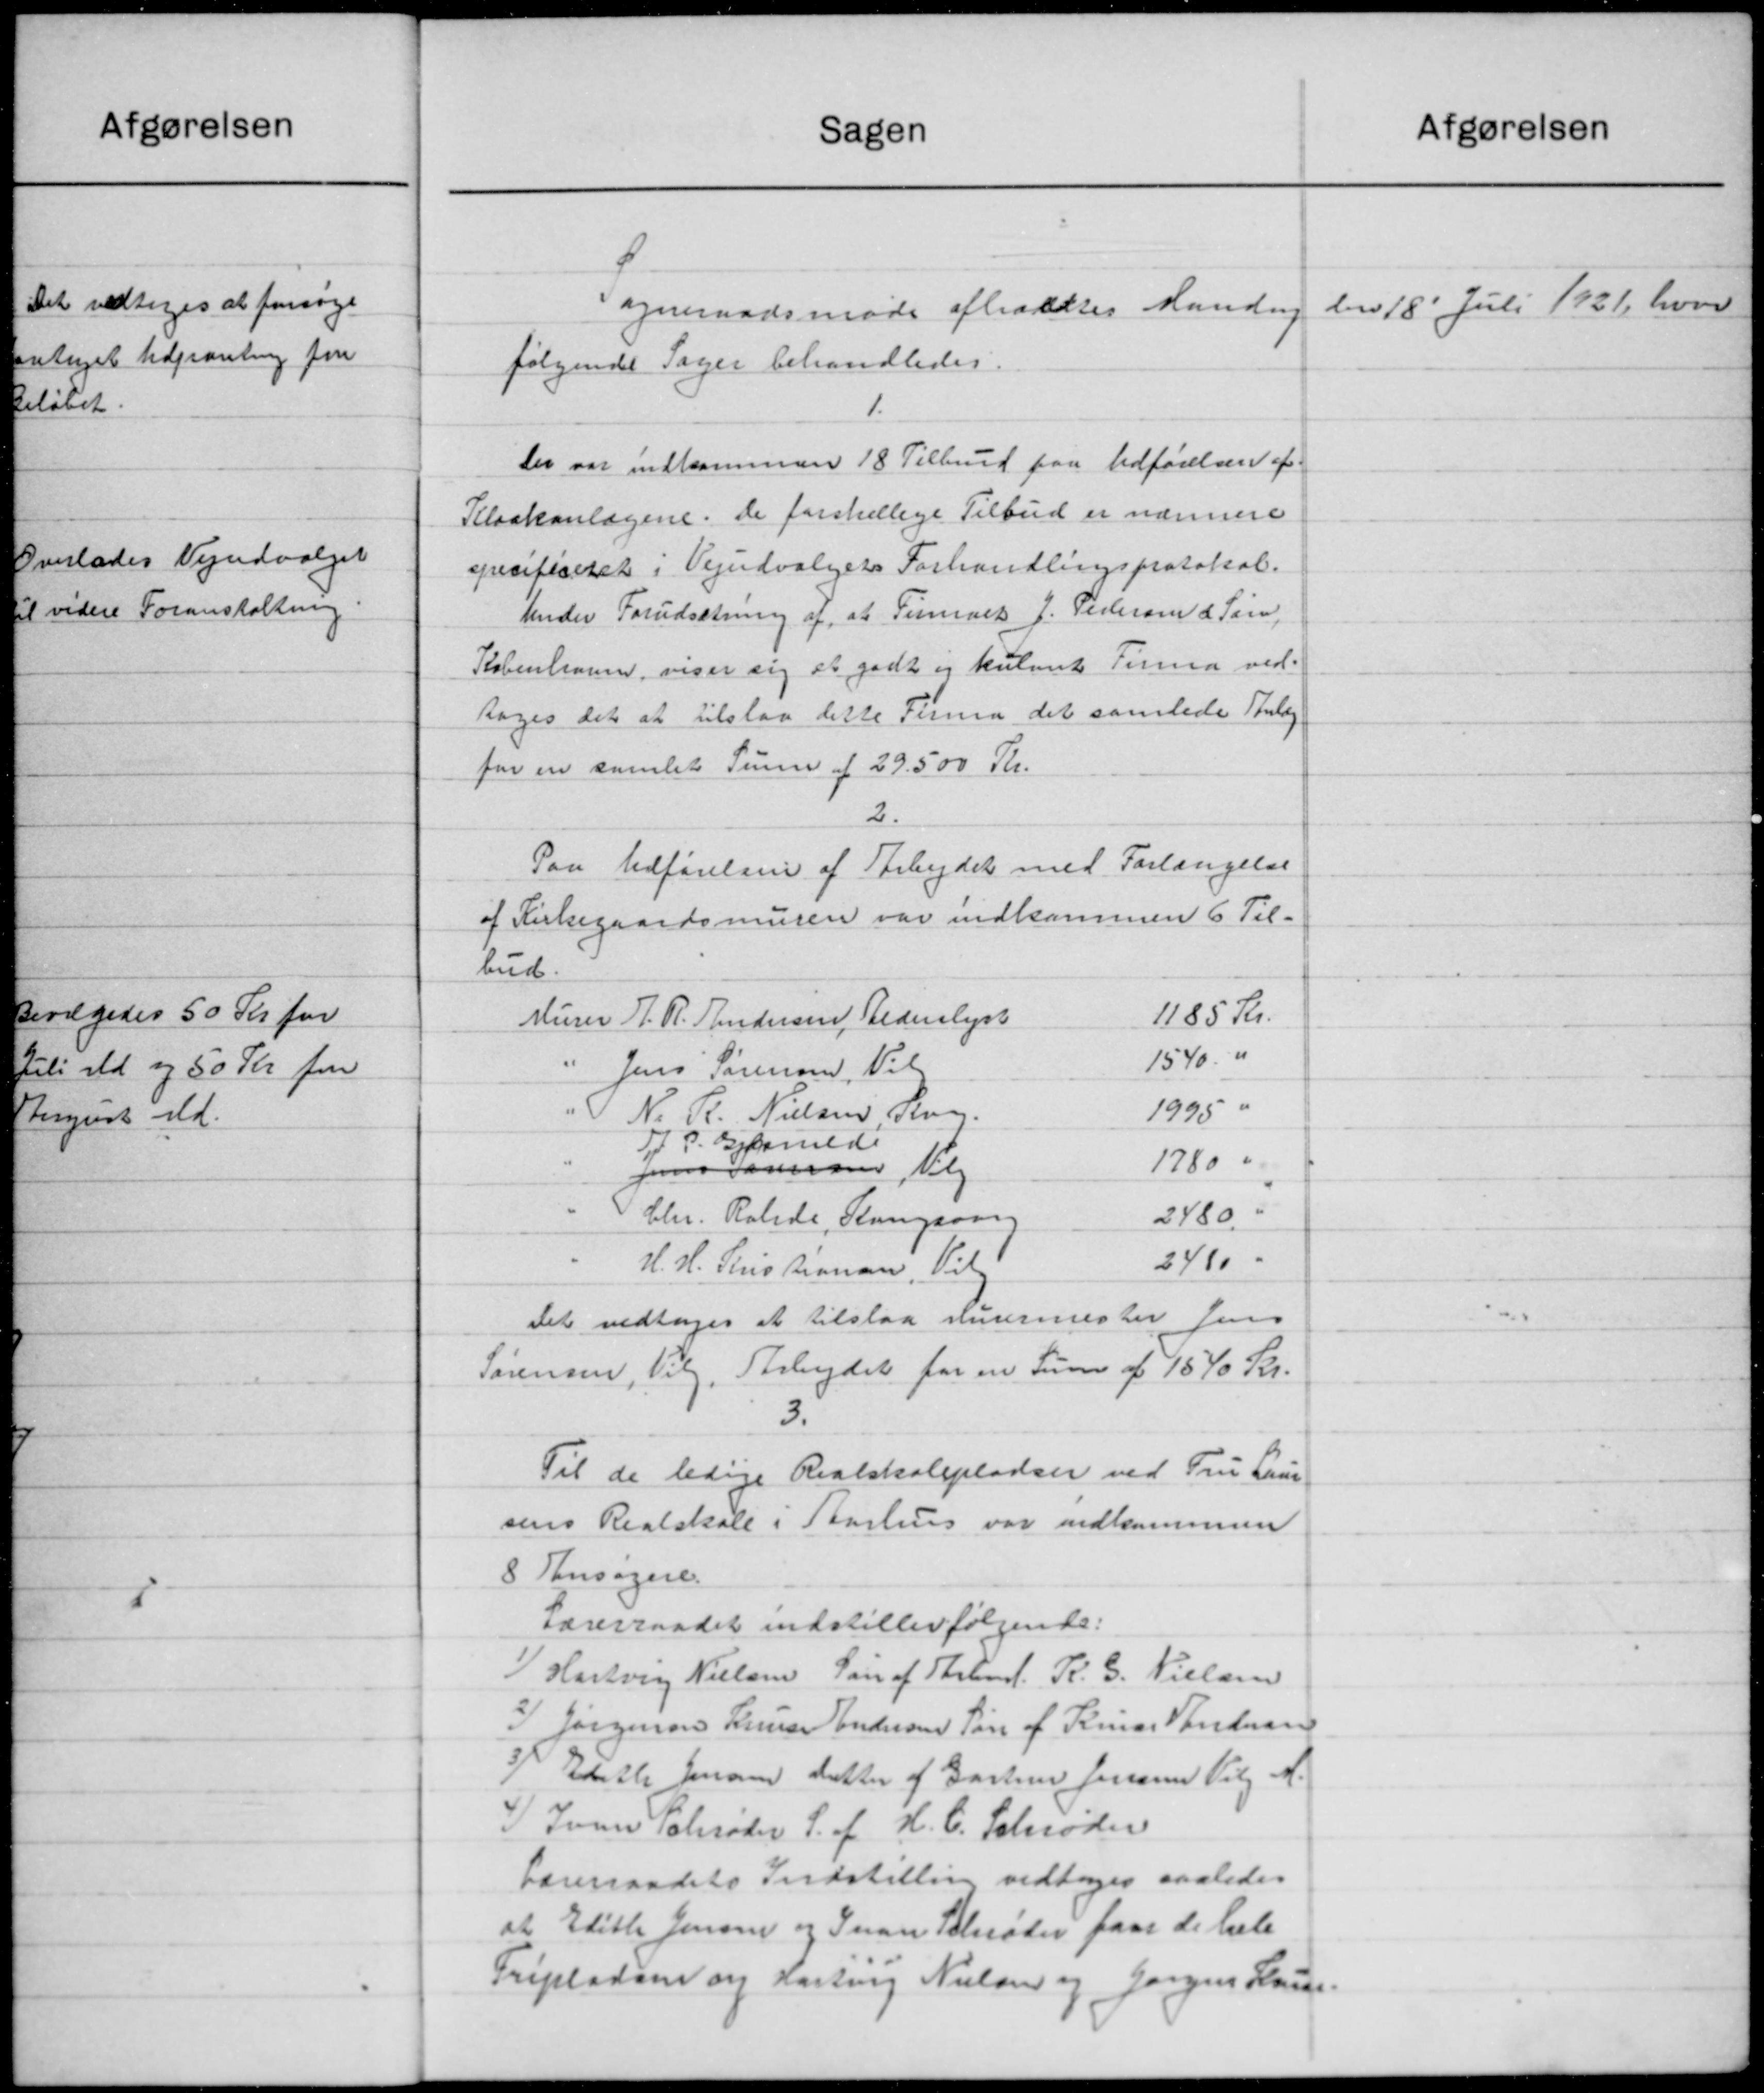
Transskription:
Sagen
Sogneraadsmøde afholdtes Mandag
følgende Sager behandledes.
1.
Der var indkommen 18 Tilbud paa Udførelsen af
Kloakanlægene. de forskellige Tilbud er nærmere
specificeret i Vejudvalgets Forhandlingsprotokol.
Under Forudsætning af, at Firmaet J. Pedersen & Søn,
København, viser sig at godt og kulant Firma ved-
toges det at tilslaa dette Firma det samlede Forlæg
for en samlet Sum af 29.500 Kr.
2.
Paa Udførelsen af Arbejdet med Forlangelse
af Kirkegaardsmuren var indkommen 6 Til-
bud.
1185 Kr.
Murer J. R. Andersen, Bederlyst
1540 "
Jens Sørensen, Vil
1995 "
N. P. Nielsen Ring.
J P. Gjerrede
1780 "
Jens Lauersen, Valg
2480 "
Chr. Ralide, Kongsaar
2410 "
H. H. Senio Bronan, Vil
Det vedtoges at tilslaa Aurermester Jens
Sørensen, Vilg. Arbejdet for en Sum af 1540 Kr.
3.
Til de ledige Realskolepladser ved Fru Laur
sens Realskole i Aarhus var indkommen
8 Ansøgere.
Lærerraadet indstiller følgende:
 Hartvig Nielsen Søn af Strand. R. G. Nielsen
J Jørgensen Laus Andersen Søn af Ringe Vandersen
3 Edith Jensen detter af Gartner Jensen Valg M.
). Søren Schrøder S. af H. C. Schrøder
Lærerraadets Indstilling vedtoges saaledes
at Edith Jensen og Ivan Schrøder faar de liste
Fripladsen og Hartvig Nielsen og Jørgens Hanse